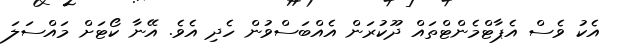
އެކު ވެސް އެޕާޓްމެންޓްތައް ދޫކުރަން އެއްބަސްވުން ހެދި އެވެ. އޭނާ ކޯޓަށް މައްސަލަ